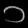
Digit: ၁